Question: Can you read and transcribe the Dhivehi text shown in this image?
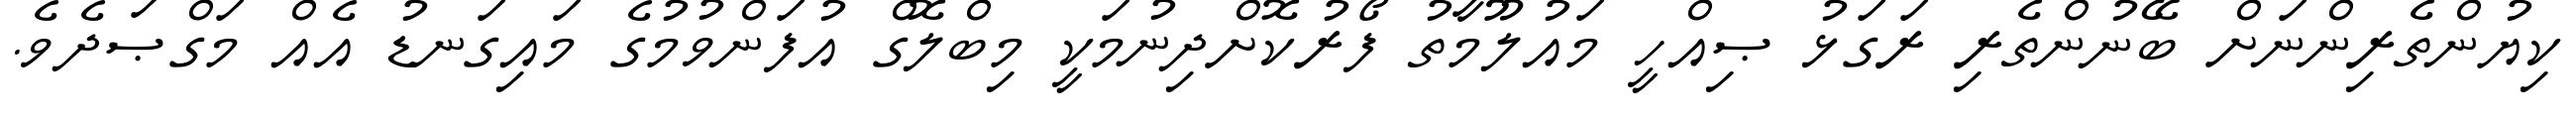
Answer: ކިޔުންތެރިންނަށް ބޭނުންތެރި ރަގަޅު ޞިއްހީ މައުލޫމާތު ފޯރުކޮށްދިނުމަކީ މިބްލޮގް އުފަންވުމުގެ މައިގަނޑު އެއް މަގްޞަދެވެ.